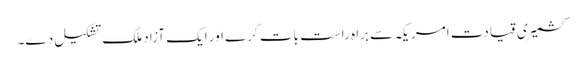
کشمیری قیادت امریکہ سے براہ راست بات کرے اور ایک آزاد ملک تشکیل دے۔